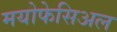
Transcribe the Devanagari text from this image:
मयोफेसिअल